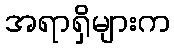
အရာရှိများက